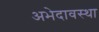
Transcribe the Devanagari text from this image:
अभेदावस्था